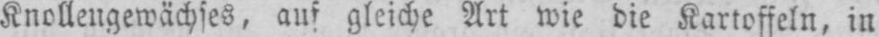
Knollengewächses, auf gleiche Art wie die Kartoffeln, in